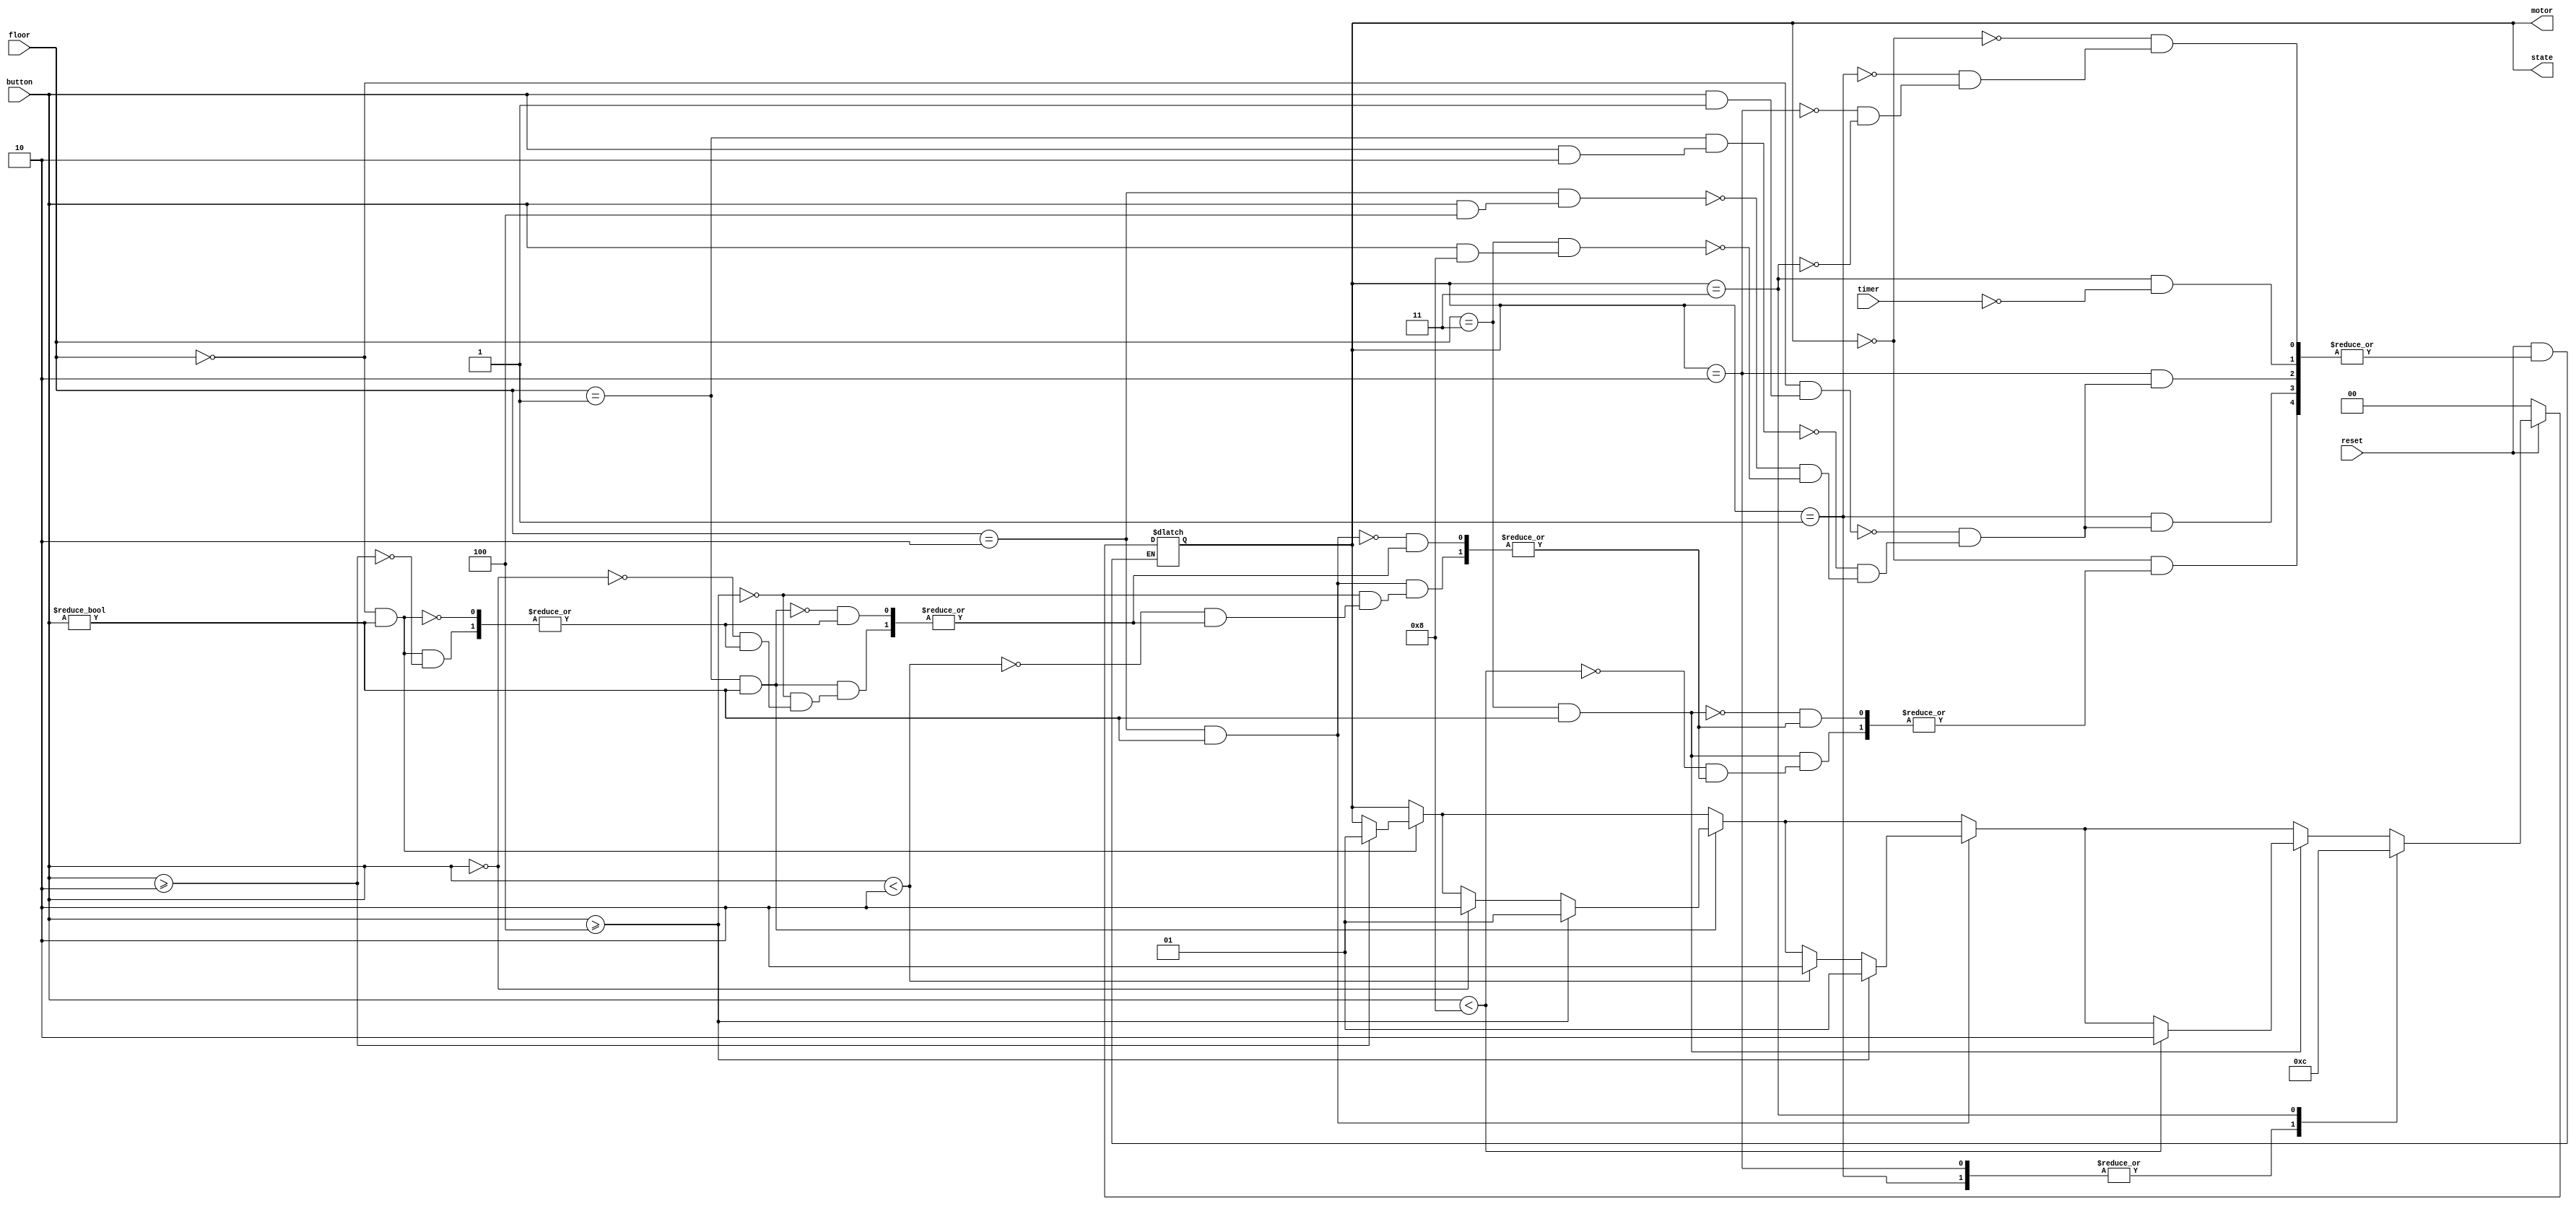
module elevator (output reg [1:0]state,output [1:0] motor,input [3:0] button, input [1:0] floor,input reset,timer);
  assign motor = state;
  parameter rest=2'b00, up=2'b01, down=2'b10, waiting=2'b11;
  always@(state,floor,button,reset,timer)
  if(!reset)
    state<=rest;
  else case(state)
  rest: begin
    if(floor==2'b00&&button!=4'b0000) begin
       if (button>=4'b0010) state<=up;
     end
     if(floor==2'b01&&button!=4'b0000) begin
       if (button>=4'b0100) state<=up;
       else if (button==4'b0000) state<=down;
     end
     if(floor==2'b10&&button!=4'b0000) begin
       if (button>=4'b0100) state<=up;
       else if (button<4'b0010) state<=down;
     end
     if(floor==2'b11&&button!=4'b0000) begin
       if (button<4'b1000) state<=down;
     end
   end

   up: begin
      if (floor==2'b00&&(button&4'b0001)) state<=waiting;
      else if (floor==2'b01&&(button&4'b0010)) state<=waiting;
      else if (floor==2'b10&&(button&4'b0100)) state<=waiting;
      else if (floor==2'b11&&(button&4'b1000)) state<=waiting;

   end

   down :begin 
      if (floor==2'b00&&(button&4'b0001)) state<=waiting;
      else if (floor==2'b01&&(button&4'b0010)) state<=waiting;
      else if (floor==2'b10&&(button&4'b0100)) state<=waiting;
      else if (floor==2'b11&&(button&4'b1000)) state<=waiting;
   end

  waiting: begin
    if(timer) state<=rest;   
/* assumes timer start when state goes to 11 and gives 1 afte a reasonable amoout of time
so people can leave lift and auto close

 or we can use it as input from gate if gate outputs 1 if gate is closed for manual gate with some modifications
  */
  end

  endcase
endmodule 
// handles button input and process it
module button (output reg [4:0] out, input button0,button1,button2,button3,reset, input [1:0] floor);
  always@(button0,reset)
    if(!reset) out=4'b0000;
    else if(button0&&floor!=2'b00) out<=out |4'b0001;

  always@(button1)
    if(button1&&floor!=2'b01) out<=out |4'b0010;

  always@(button2)
    if(button2&&floor!=2'b10) out<=out |4'b0100;

  always@(button3)
    if(button3&&floor!=2'b11) out<=out |4'b1000;
  always@(floor) 
    if (floor==2'b00) out<=out&4'b1110;
    else if (floor==2'b01) out<=out&4'b1101;
    else if (floor==2'b10) out<=out&4'b1011;
    else if (floor==2'b11) out<=out&4'b0111;


endmodule